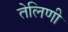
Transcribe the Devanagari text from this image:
तेलिणी